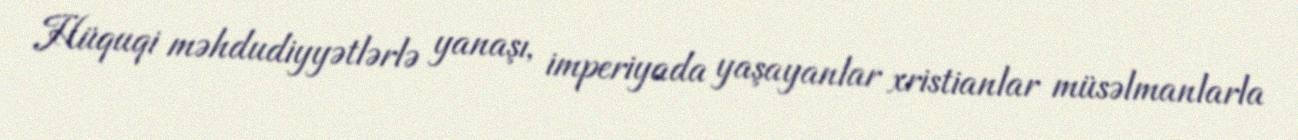
Hüquqi məhdudiyyətlərlə yanaşı, imperiyada yaşayanlar xristianlar müsəlmanlarla